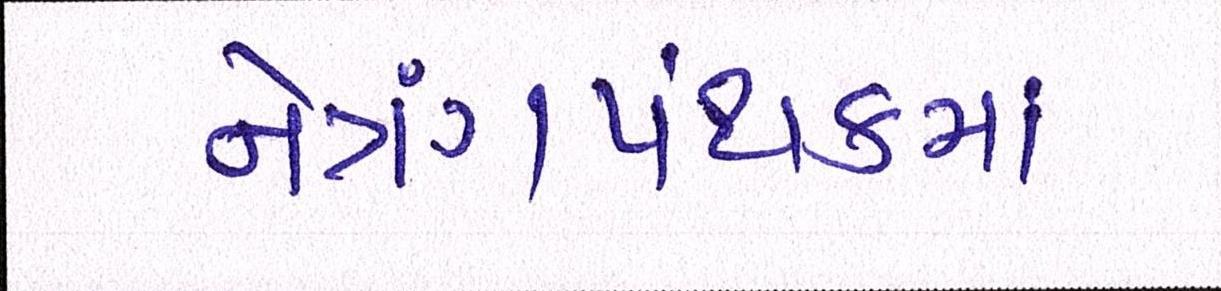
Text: નેત્રંગપંથકમાં